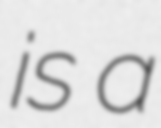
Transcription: is a